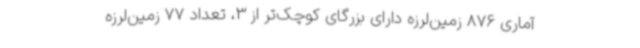
آماری 876 زمین‌لرزه دارای بزرگای کوچک‌تر از 3، تعداد 77 زمین‌لرزه